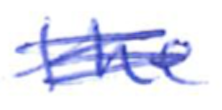
Text: the
Cross-out: mix
Writing tool: ballpoint